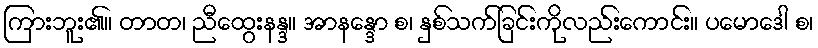
ကြားဘူး၏။ တာတ၊ ညီထွေးနန္ဒ။ အာနန္ဒော စ၊ နှစ်သက်ခြင်းကိုလည်းကောင်း။ ပမောဒေါ စ၊